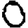
Digit: 0